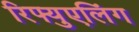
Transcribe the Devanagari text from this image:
रिफ्युएलिंग